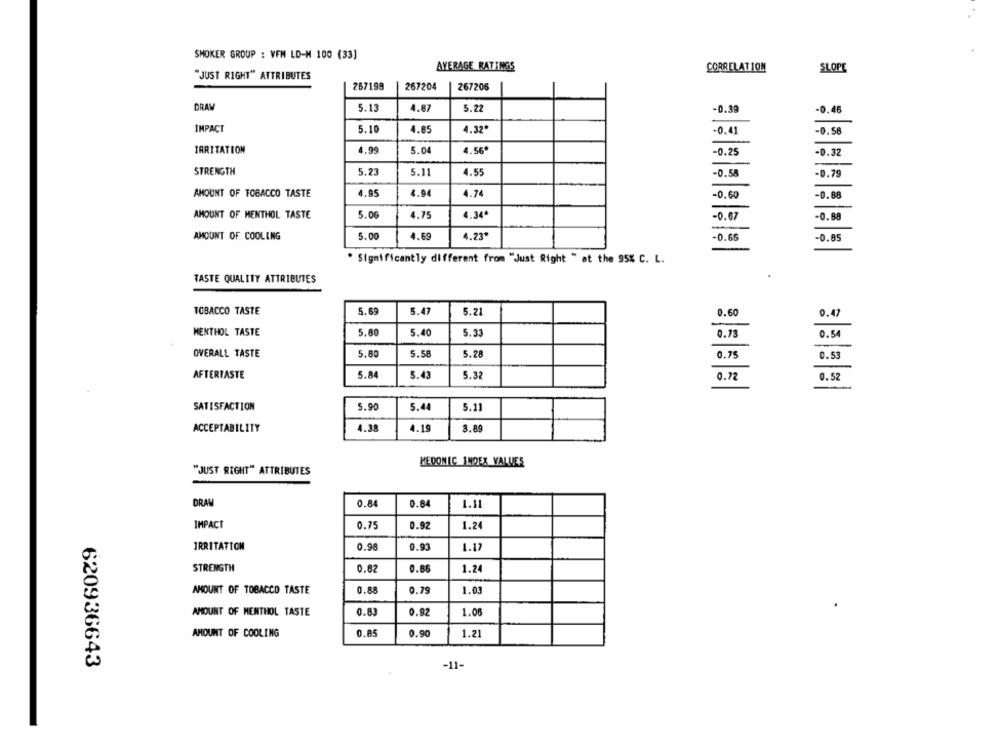
SMOKER GROUP : VFM LD-M 100 (33)
AVERAGE RATINGS
CORRELATION
SLOPE
"JUST RIGHT" ATTRIBUTES
267199
267204
267206
DRAW
5.13
4.87
5.22
-0.39
-0.45
IMPACT
5.10
4.85
4.32*
-0.41
-0.58
IRRITATION
4.99
5.04
4.56
-0.25
-0.32
STRENGTH
5.23
5.11
4.55
-0.58
-0.79
AMOUNT OF TOBACCO TASTE
4.95
4.94
4.74
-0.60
-0.88
AMOUNT OF MENTHOL TASTE
5.06
4.75
4.34ª
-0.67
-0.88
AMOUNT OF COOLING
5.00
4.69
4.23*
-0.65
-0.85
. Significantly different from "Just Right " at the 95% C. L.
TASTE QUALITY ATTRIBUTES
TOBACCO TASTE
5.69
5.47
5.21
0.60
0.47
MENTHOL TASTE
5.80
5.40
5.33
0.73
0.54
OVERALL TASTE
5.80
5.58
5.28
0.75
0.53
AFTERTASTE
5.84
5.43
5.32
0.72
0.52
SATISFACTION
5.90
5.44
5.11
ACCEPTABILITY
4.38
3.89
4.19
HEDONIC INDEX VALUES
"JUST RIGHT" ATTRIBUTES
DRAW
0.84
0.84
1.11
IMPACT
0.75
0.92
1.24
IRRITATION
0.98
0.93
1.17
STRENGTH
0.82
0.66
1.24
AMOUNT OF TOBACCO TASTE
0.88
0.79
1.03
AMOUNT OF MENTHOL TASTE
0.83
0.92
1.06
AMOUNT OF COOLING
0.85
0.90
1.21
620936643
-11-